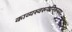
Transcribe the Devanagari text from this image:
काव्यस्वरूपनिरूपण